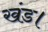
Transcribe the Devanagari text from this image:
खंड।